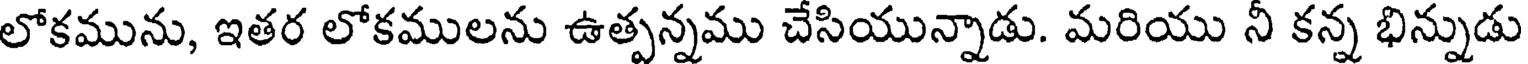
లోకమును, ఇతర లోకములను ఉత్పన్నము చేసియున్నాడు. మరియు నీ కన్న భిన్నుడు